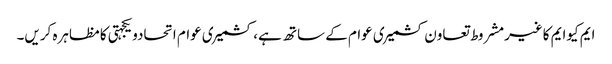
ایم کیوایم کاغیرمشروط تعاون کشمیری عوام کے ساتھ ہے، کشمیری عوام اتحادویکجہتی کامظاہرہ کریں۔